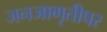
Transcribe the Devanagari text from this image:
जनजागृतीपर